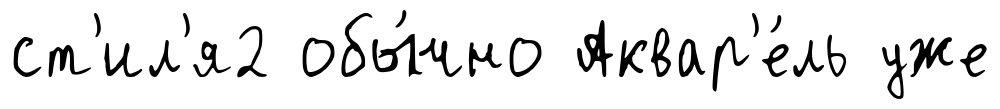
ст'ил'я2 обы́чно Аквар'е́ль уже